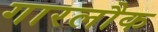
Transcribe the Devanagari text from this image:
गारलौक